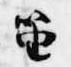
笛